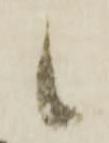
候